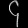
Digit: ၄